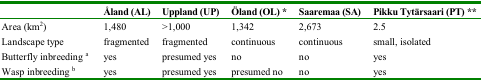
|  | Åland (AL) | Uppland (UP) | Öland (OL) * | Saaremaa (SA) | Pikku Tytärsaari (PT) ** |
 | --- | --- | --- | --- | --- | --- |
 | Area (km2) | 1,480 | >1,000 | 1,342 | 2,673 | 2.5 |
 | Landscape type | fragmented | fragmented | continuous | continuous | small, isolated |
 | Butterfly inbreeding a | yes | presumed yes | no | no | yes |
 | Wasp inbreeding b | yes | presumed yes | presumed no | no | yes |